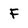
Character: F